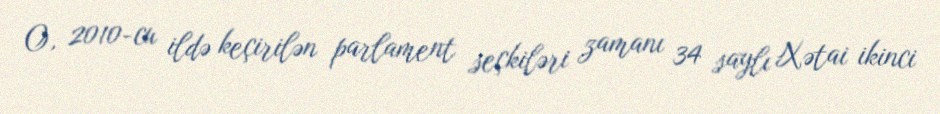
O, 2010-cu ildə keçirilən parlament seçkiləri zamanı 34 saylı Xətai ikinci